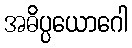
အဓိပ္ပယောဂေါ